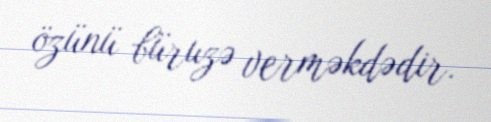
özünü büruzə verməkdədir.